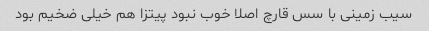
سیب زمینی با سس قارچ اصلا خوب نبود‌ پیتزا هم خیلی ضخیم بود